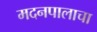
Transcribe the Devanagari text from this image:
मदनपालाचा